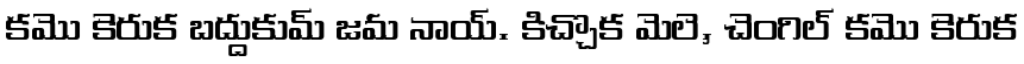
కమొ కెరుక బద్దుకుమ్ జమ నాయ్. కిచ్చొక మెలె, చెంగిల్ కమొ కెరుక